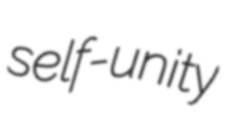
self-unity